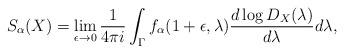
LaTeX: \begin{align*}S_\alpha(X) = \lim_{\epsilon \to 0} \frac{1}{4\pi i} \int_{\Gamma}f_\alpha(1+\epsilon, \lambda) \frac{d\log D_X(\lambda)}{d\lambda}d\lambda,\end{align*}